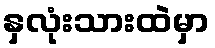
နှလုံးသားထဲမှာ